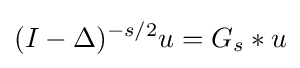
(I-\Delta )^{-s/2}u=G_{s}\ast u